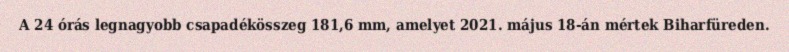
A 24 órás legnagyobb csapadékösszeg 181,6 mm, amelyet 2021. május 18-án mértek Biharfüreden.